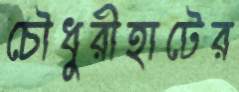
চৌধুরীহাটের